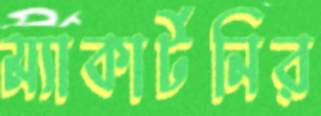
ম্যাকার্টনির